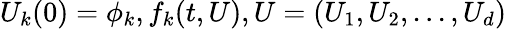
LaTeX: U_{k}(0)=\phi_{k},f_{k}(t,U),U=(U_{1},U_{2},...,U_{d})